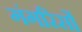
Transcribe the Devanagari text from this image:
गंगरिसों